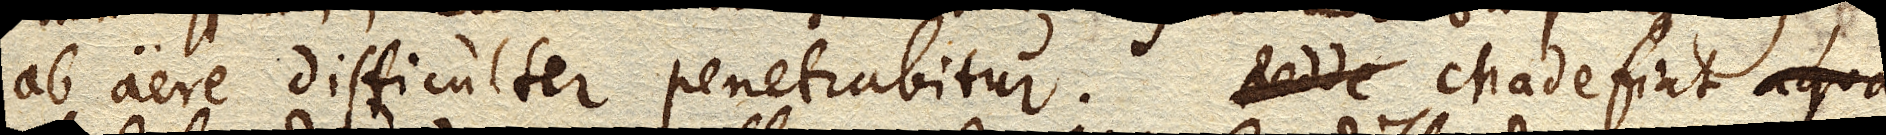
ab aere difficulter penetrabitur. Madefiat aqua